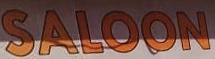
SALOON